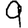
Digit: 9